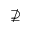
\nsupseteq